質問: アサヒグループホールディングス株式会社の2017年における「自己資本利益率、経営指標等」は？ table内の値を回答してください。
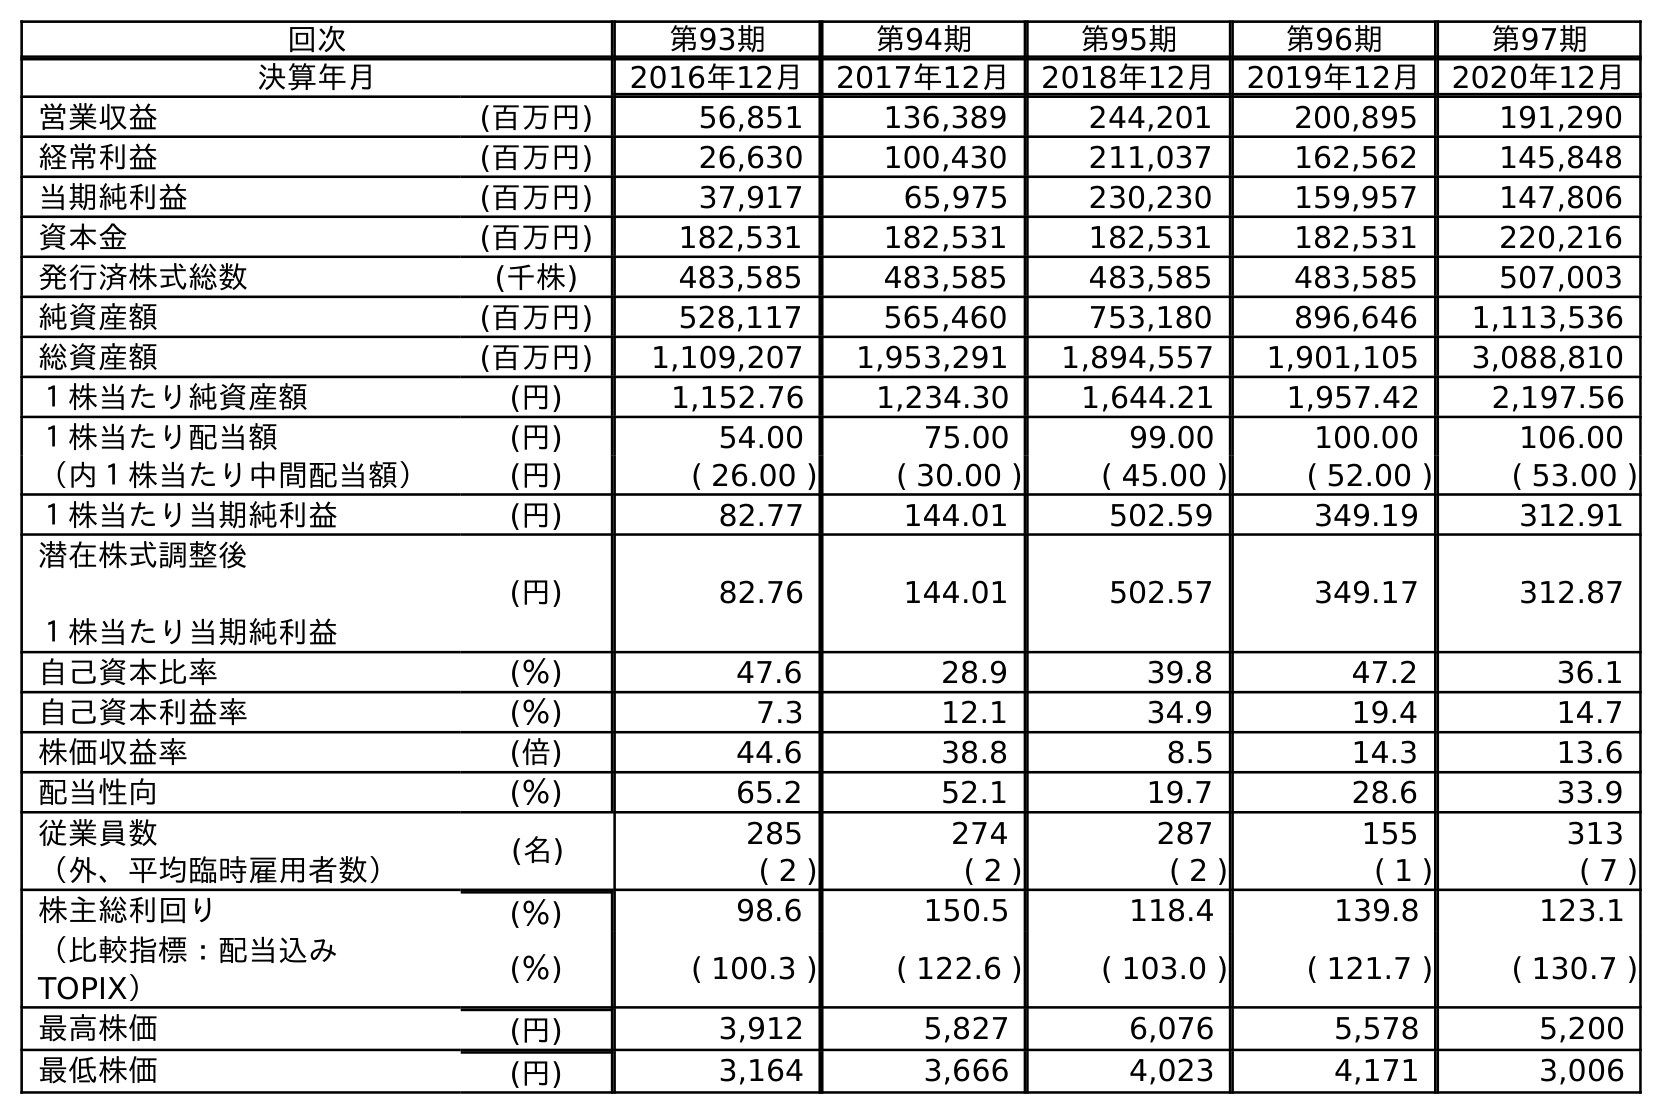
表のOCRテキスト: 回次 第93期 第94期 第95期 第96期 第97期 決算年月 2016年12月 2017年12月 2018年12月 2019年12月 2020年12月 営業収益 (百万円) 56,851 136,389 244,201 200,895 191,290 経常利益 (百万円) 26,630 100,430 211,037 162,562 145,848 当期純利益 (百万円) 37,917 65,975 230,230 159,957 147,806 資本金 (百万円) 182,531 182,531 182,531 182,531 220,216 発行済株式総数 (千株) 483,585 483,585 483,585 483,585 507,003 純資産額 (百万円) 528,117 565,460 753,180 896,646 1,113,536 総資産額 (百万円) 1,109,207 1,953,291 1,894,557 1,901,105 3,088,810 １株当たり純資産額 (円) 1,152.76 1,234.30 1,644.21 1,957.42 2,197.56 １株当たり配当額 (円) 54.00 75.00 99.00 100.00 106.00 （内１株当たり中間配当額） (円) ( 26.00 ) ( 30.00 ) ( 45.00 ) ( 52.00 ) ( 53.00 ) １株当たり当期純利益 (円) 82.77 144.01 502.59 349.19 312.91 潜在株式調整後 １株当たり当期純利益 (円) 82.76 144.01 502.57 349.17 312.87 自己資本比率 (％) 47.6 28.9 39.8 47.2 36.1 自己資本利益率 (％) 7.3 12.1 34.9 19.4 14.7 株価収益率 (倍) 44.6 38.8 8.5 14.3 13.6 配当性向 (％) 65.2 52.1 19.7 28.6 33.9 従業員数 (名) 285 274 287 155 313 （外、平均臨時雇用者数） ( 2 ) ( 2 ) ( 2 ) ( 1 ) ( 7 ) 株主総利回り (％) 98.6 150.5 118.4 139.8 123.1 （比較指標：配当込み TOPIX） (％) ( 100.3 ) ( 122.6 ) ( 103.0 ) ( 121.7 ) ( 130.7 ) 最高株価 (円) 3,912 5,827 6,076 5,578 5,200 最低株価 (円) 3,164 3,666 4,023 4,171 3,006
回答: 12.1